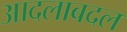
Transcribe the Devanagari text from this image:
आदलाबदल